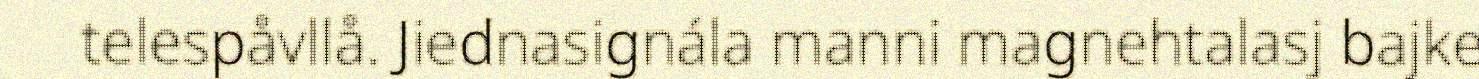
telespåvllå. Jiednasignála manni magnehtalasj bajke